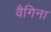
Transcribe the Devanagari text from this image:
वैगिना